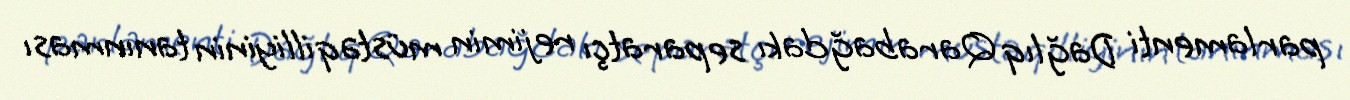
parlamenti Dağlıq Qarabağdakı separatçı rejimin müstəqilliyinin tanınması